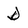
Character: d